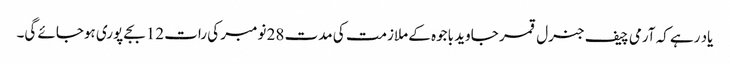
یاد رہے کہ آرمی چیف جنرل قمر جاوید باجوہ کے ملازمت کی مدت 28 نومبر کی رات 12 بجے پوری ہوجائے گی۔